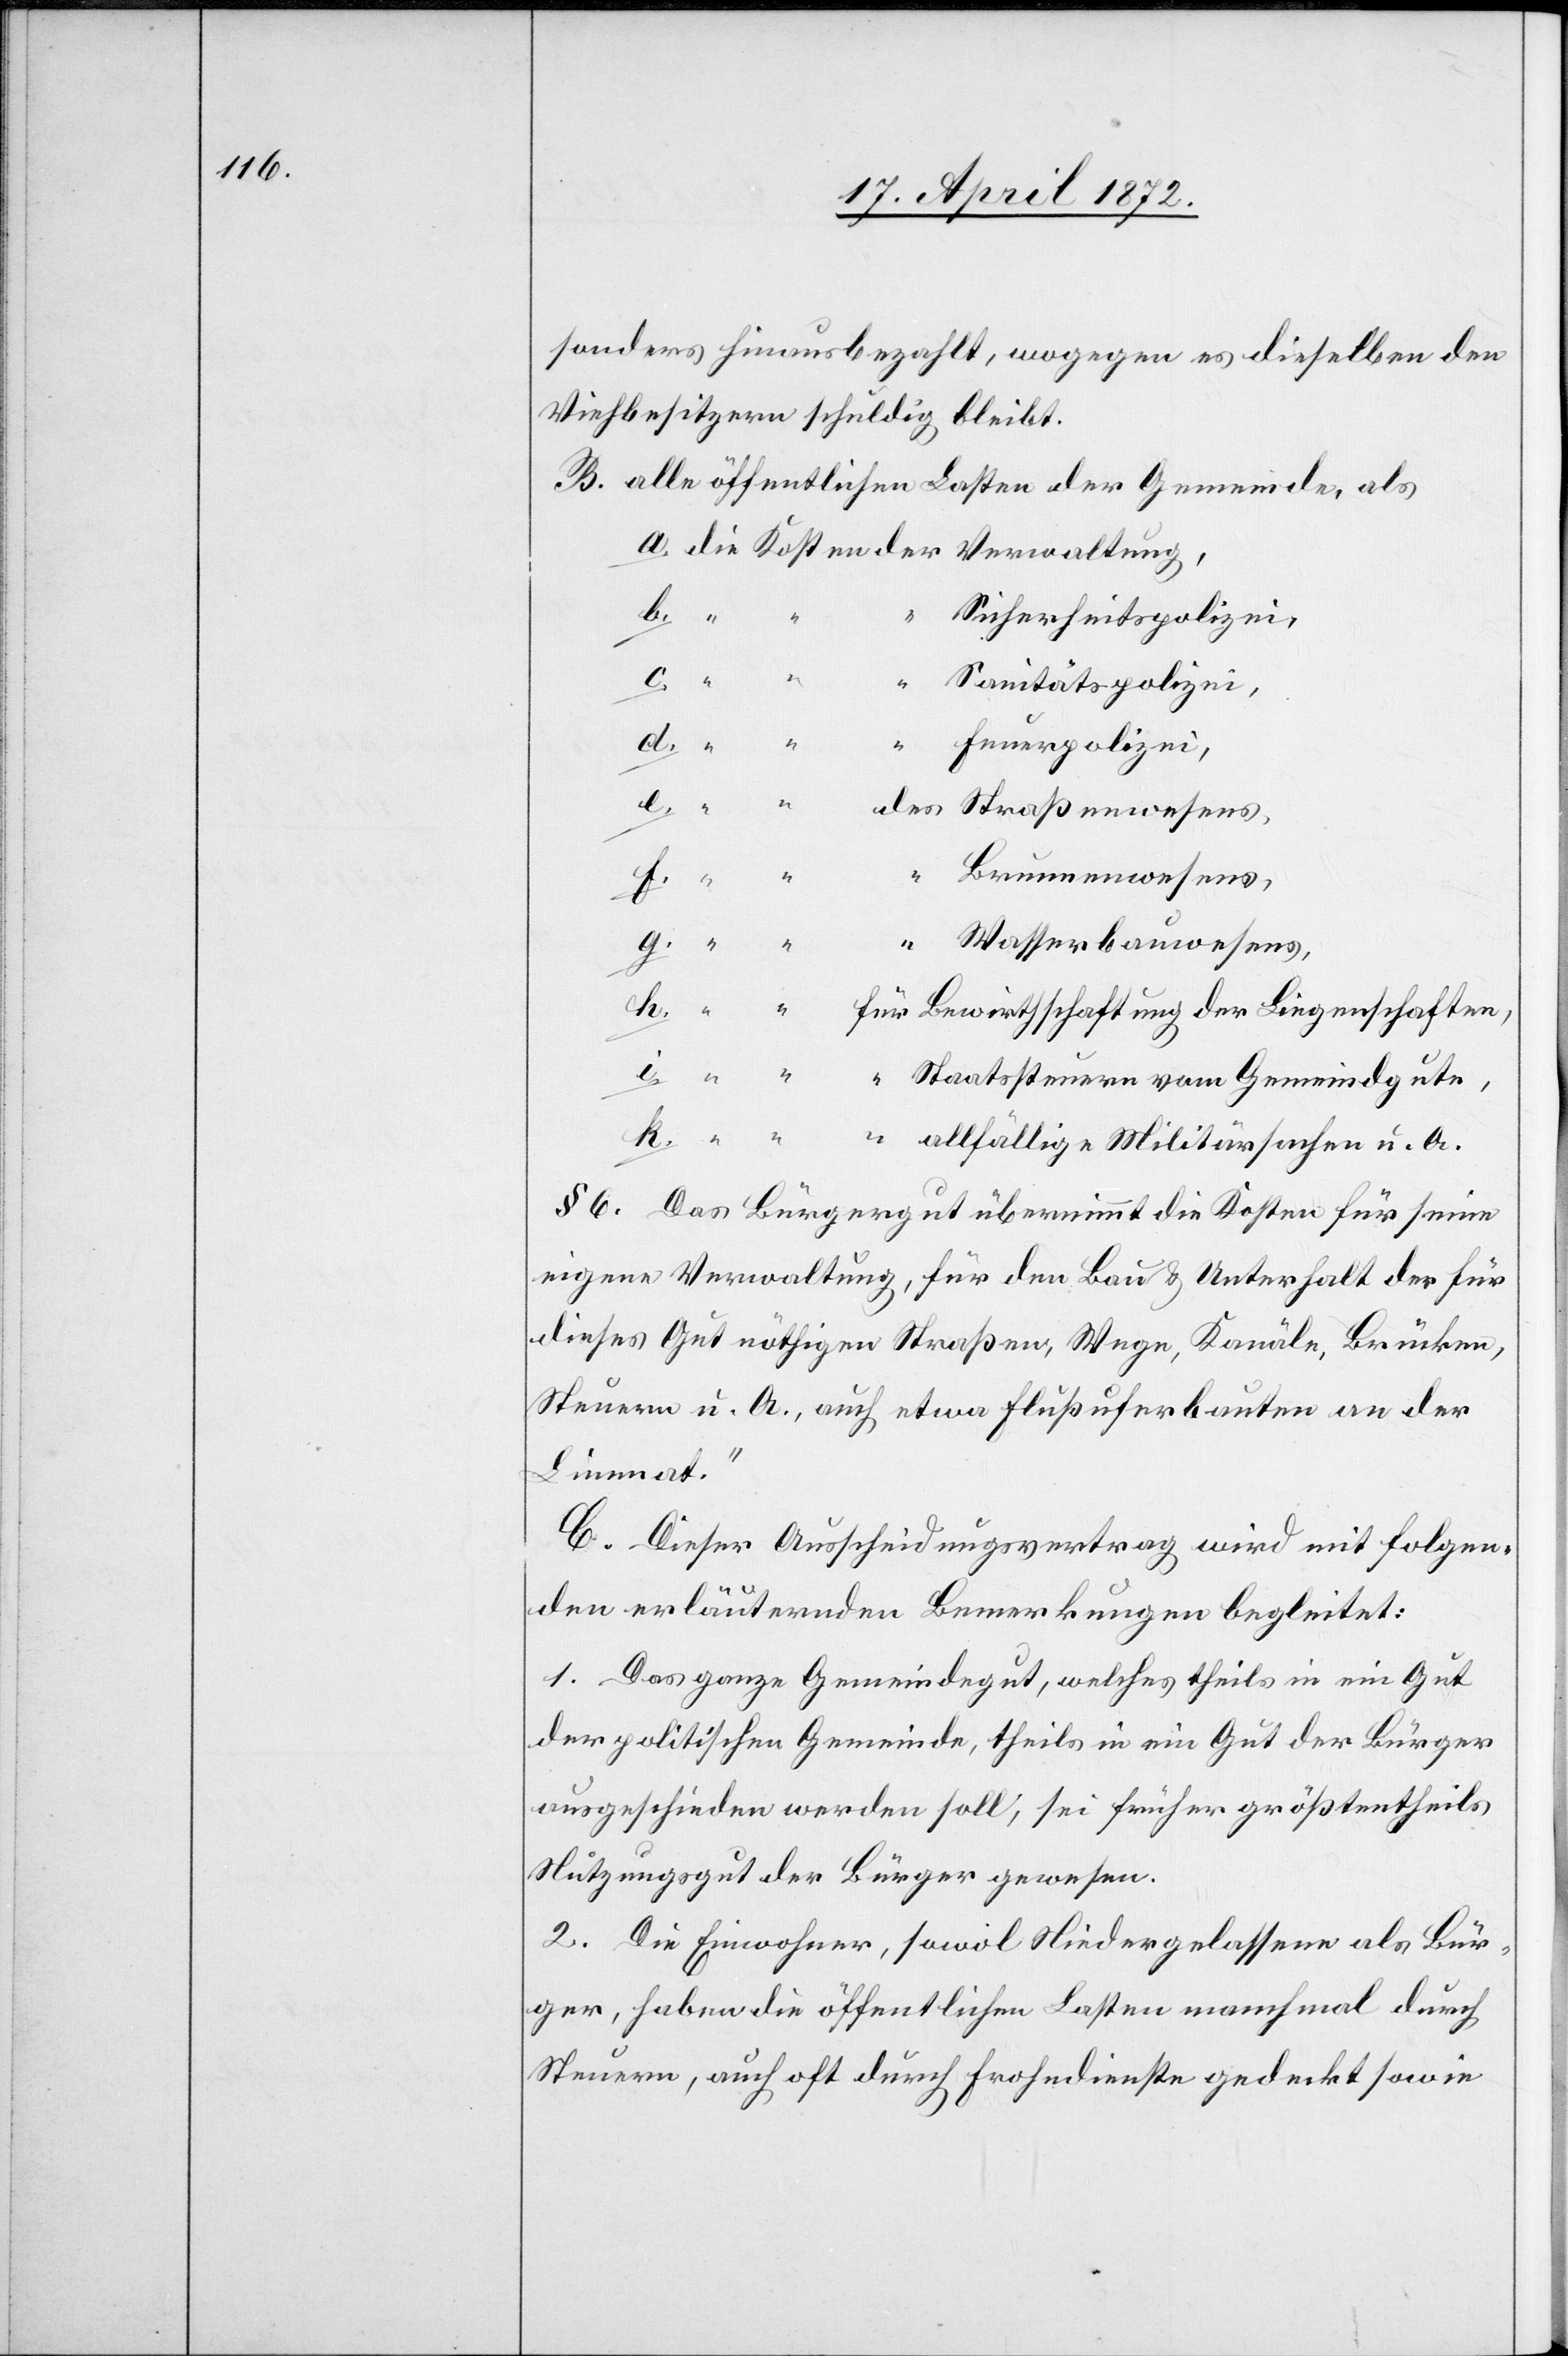
sonders hinausbezahlt, wogegen es dieselben den
Viehbesitzern schuldig bleibt.
B. alle öffentlichen Lasten der Gemeinde, als
i.
“
Sicherheitspolizei,
k.
u. A.
Sanitätspolizei,
Brunnenwesens,
Wasserbauwesens,
§ 6. Das Bürgergut übernimmt die Kosten für seine
eigene Verwaltung, für den Bau u. Unterhalt der für
dieses Gut nöthigen Straßen, Wege, Kanäle, Brücken,
Steuern u. A., auch etwa Flußuferbauten an der
Limmat.“
C. Dieser Ausscheidungsvertrag wird mit folgen¬
den erläuternden Bemerkungen begleitet:
1. Das ganze Gemeindegut, welches theils in ein Gut
der politischen Gemeinde, theils in ein Gut der Bürger
ausgeschieden werden soll, sei früher größtentheils
Nutzungsgut der Bürger gewesen.
2. Die Einwohner, sowol Niedergelassene als Bür¬
ger, haben die öffentlichen Lasten manchmal durch
Steuern, auch oft durch Frohndienste gedeckt sowie